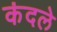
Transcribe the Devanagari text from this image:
कंदले